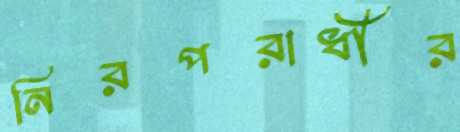
নিরপরাধীর